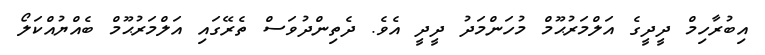
އިބުރާހިމް ދީދީގެ އަލްމަރުޙޫމް މުހަންމަދު ދީދީ އެވެ. ދެތިންދުވަސް ތެރޭގައި އަލްމަރުޙޫމް ބެއްޔުއްކަލޯ